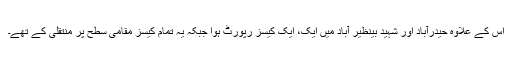
اس کے علاوہ حیدرآباد اور شہید بینظیر آباد میں ایک، ایک کیسز رپورٹ ہوا جبکہ یہ تمام کیسز مقامی سطح پر منتقلی کے تھے۔